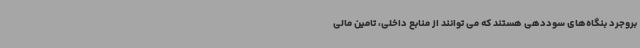
بروجرد بنگاه‌های سوددهی هستند که می توانند از منابع داخلی، تامین مالی